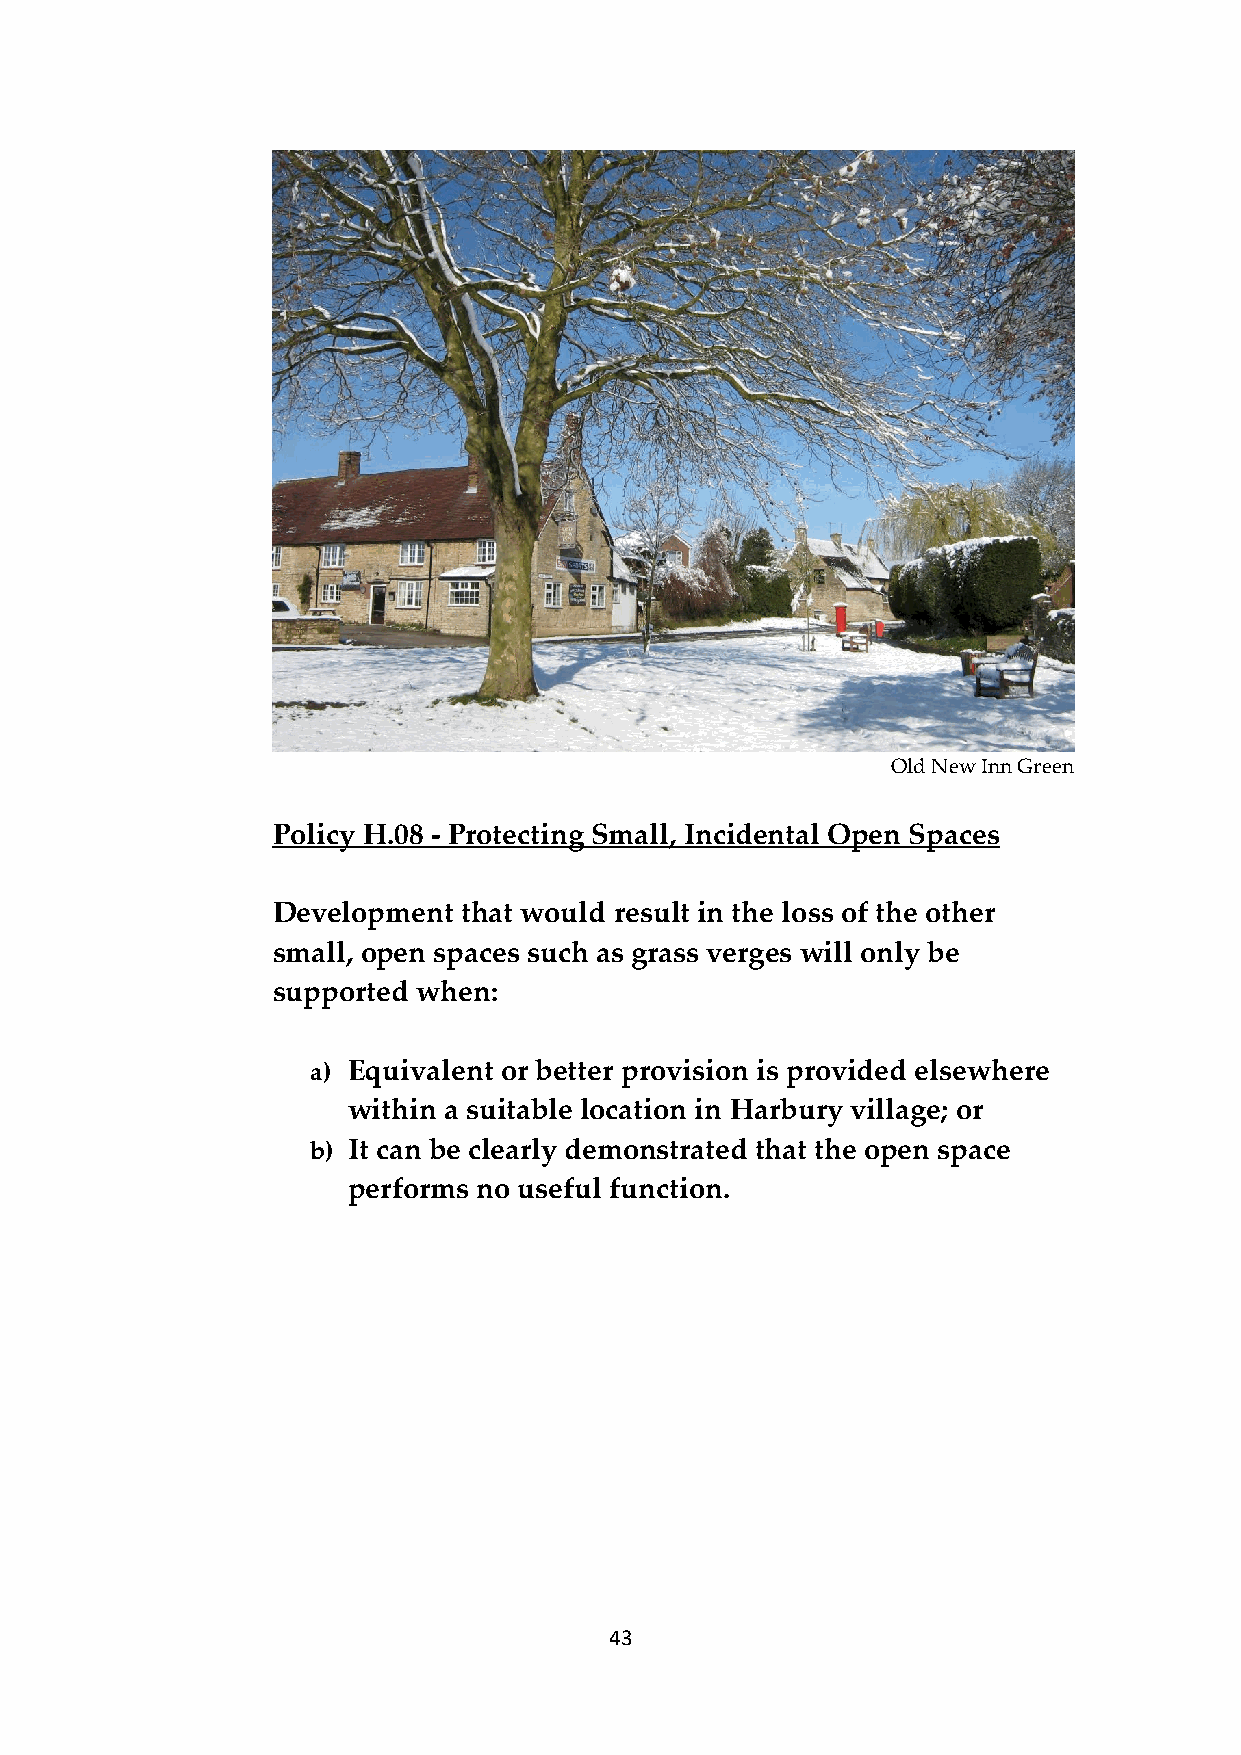
Old New Inn Green
 Policy H.08 - Protecting Small, Incidental Open Spaces
 Development  that would result in the loss of the other
 small, open spaces such as grass verges will only be
 supported when:
 a) Equivalent or better provision is provided elsewhere
 within a suitable location in Harbury village; or
 b) It can be clearly demonstrated that the open space
 performs no useful function.
 43